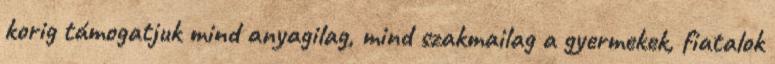
korig támogatjuk mind anyagilag, mind szakmailag a gyermekek, fiatalok